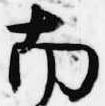
南